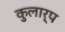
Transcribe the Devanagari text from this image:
कुलार्प